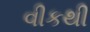
વીકથી